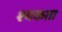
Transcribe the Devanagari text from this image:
श्यकता